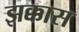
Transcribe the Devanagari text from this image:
झक्कास